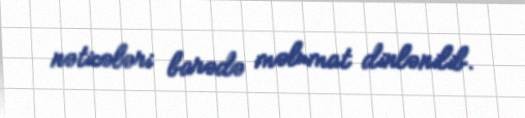
nəticələri barədə məlumat dinlənilib.